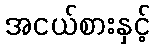
အငယ်စားနှင့်